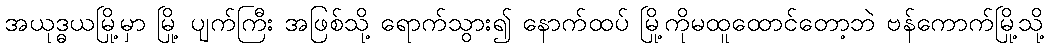
အယုဒ္ဓယမြို့မှာ မြို့ ပျက်ကြီး အဖြစ်သို့ ရောက်သွား၍ နောက်ထပ် မြို့ကိုမထူထောင်တော့ဘဲ ဗန်ကောက်မြို့သို့